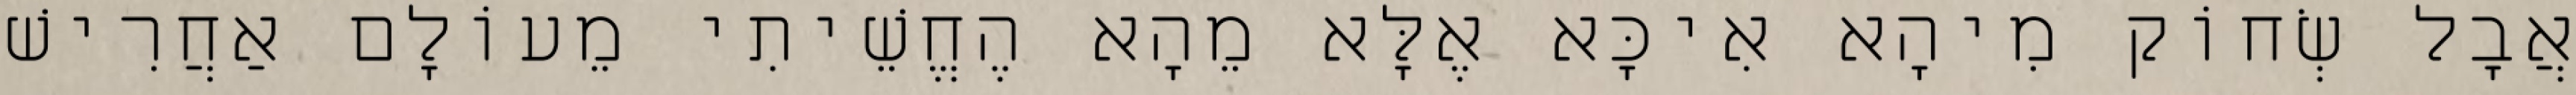
אֲבָל שְׂחוֹק מִיהָא אִיכָּא אֶלָּא מֵהָא הֶחֱשֵׁיתִי מֵעוֹלָם אַחֲרִישׁ